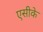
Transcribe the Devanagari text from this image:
एसीके